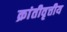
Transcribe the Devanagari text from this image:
क्रांतीवृत्तीय